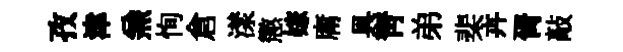
孜津𠔥恂倉漾懲嫁庸具青弟棐卉胥敲